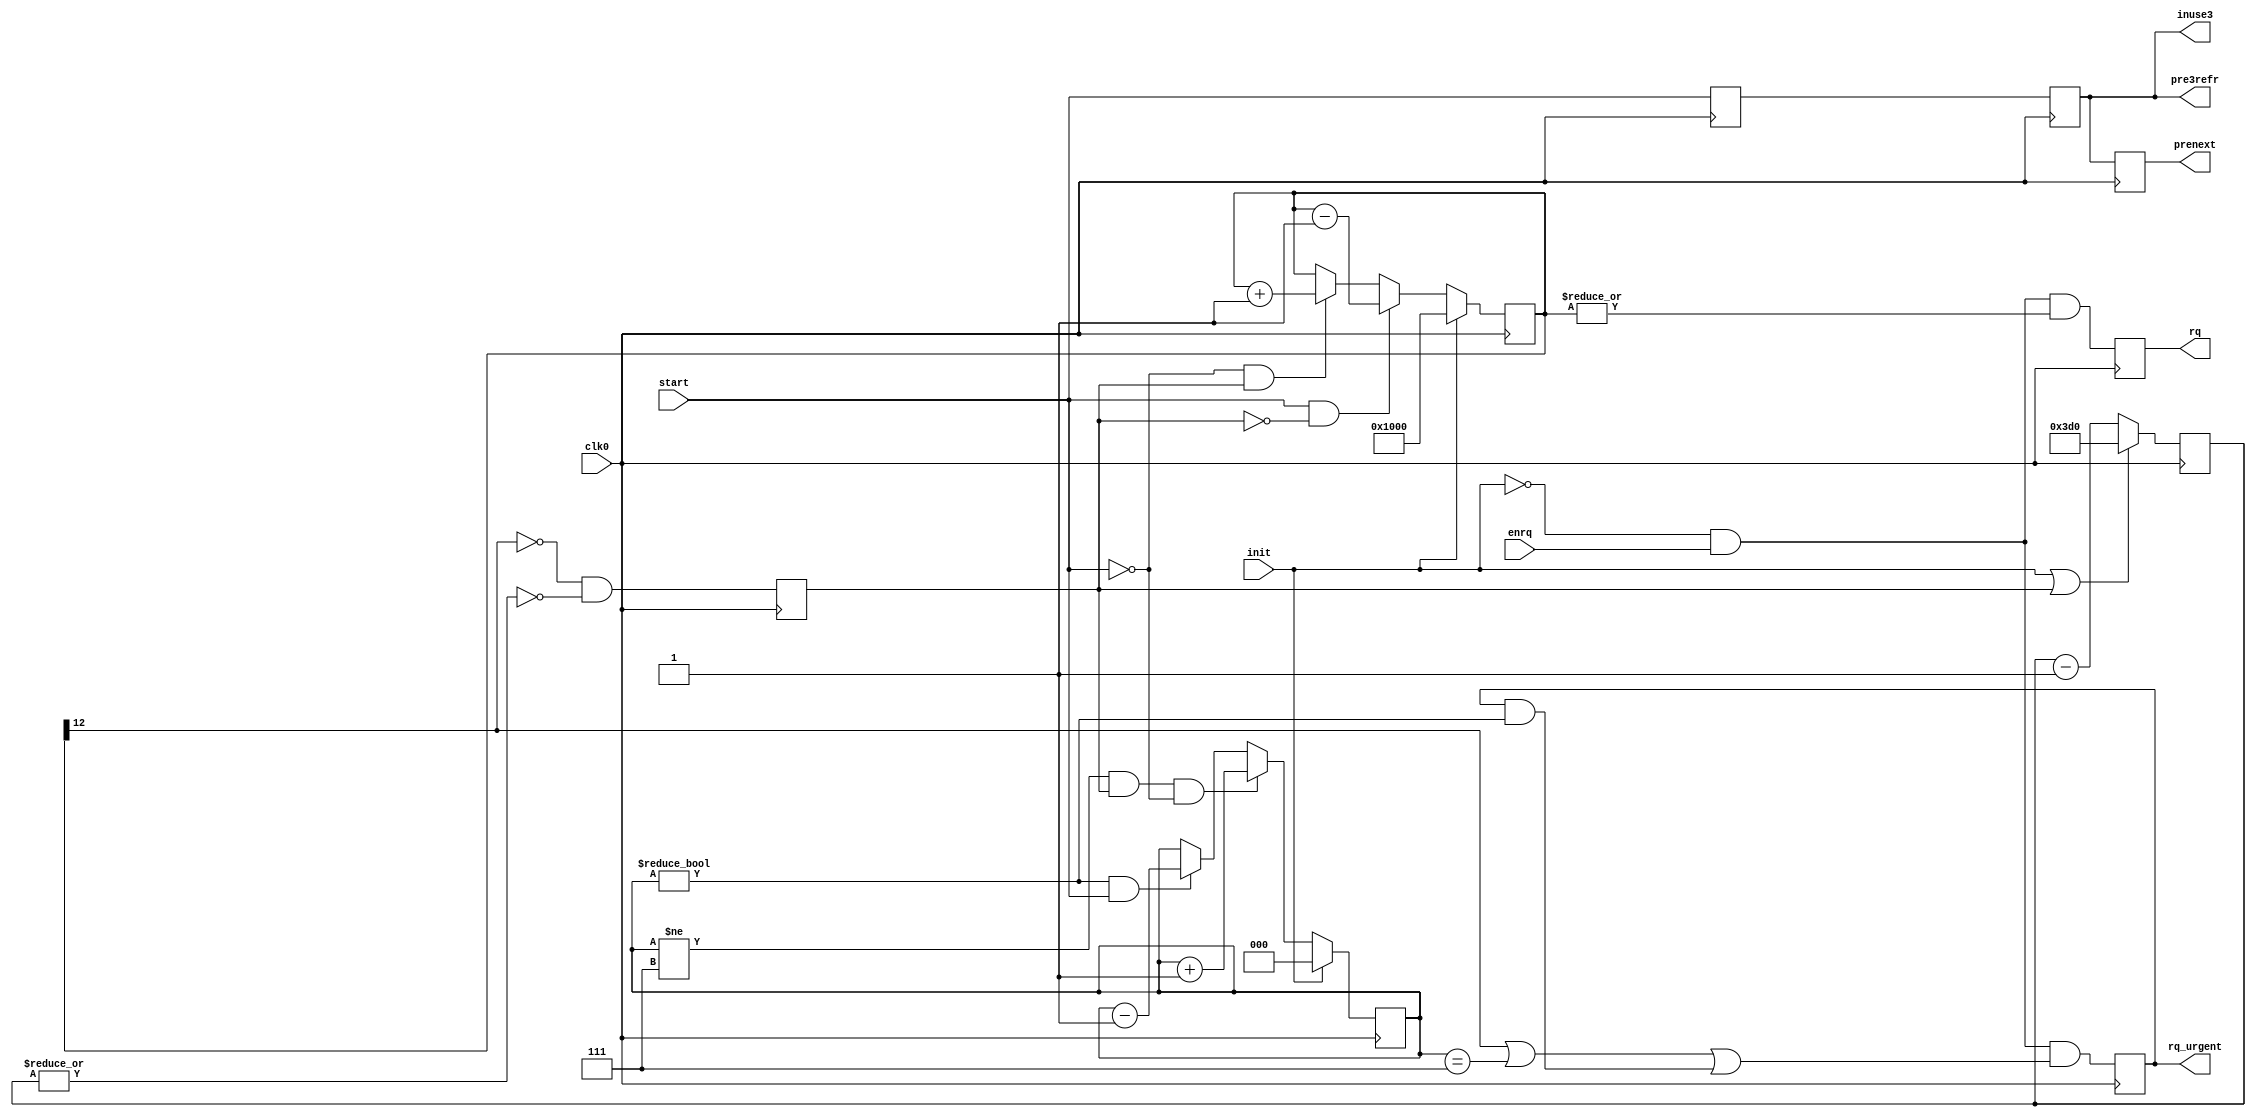
/*
** -----------------------------------------------------------------------------**
** mcontr_refresh.v
**
** SDRAM refresh controller
** average interval (by datasheet) 7.8125usec, 
** maximal interval - 9*7.8125usec (because of future DLL at AR cycles only)
**
** Copyright 2002-2004 Andrey Filippov
**
** -----------------------------------------------------------------------------**
**  This file is part of X333
** 
**  X333 is free software - hardware description language (HDL) code; you can
**  redistribute it and/or modify it under the terms of the GNU General Public License
**  as published by the Free Software Foundation; either version 2 of the License, or
**  (at your option) any later version.
** 
**  X333 is distributed in the hope that it will be useful,
**  but WITHOUT ANY WARRANTY; without even the implied warranty of
**  MERCHANTABILITY or FITNESS FOR A PARTICULAR PURPOSE.  See the
**  GNU General Public License for more details.
** 
**  You should have received a copy of the GNU General Public License
**  along with X333; if not, write to the Free Software
**  Foundation, Inc., 59 Temple Place, Suite 330, Boston, MA  02111-1307  USA
** -----------------------------------------------------------------------------**
**
*/

`timescale 1 ns / 1 ps

// add some status outputs
module mcontr_refresh (clk0,
                       enrq,
                       init,
                       start,
                       rq,
                       rq_urgent,
                       prenext,
// interface to SDRAM (through extra registers
                       pre3refr,  // precharge command (3 ahead)
                       inuse3    // SDRAm in use by this channel (sync with pre3***
							  );
							  	
   input       clk0;
   input       enrq;
   input       init;
   input       start;
   output      rq;
   output      rq_urgent;
   output      prenext;
   output      pre3refr;
   output      inuse3;

	parameter	REFRESHPERIOD=11'h3d0;

   reg         pre4refr;
   reg         pre3refr;
   reg         prenext;
   wire        inuse3=pre3refr;
	reg	[12:0] nRefrDue;
	reg	[10:0] rcntr;
   reg   [ 2:0] ucntr;
	reg			 rtim;
	reg			 rq;
	reg			 rq_urgent;

   always @ (negedge clk0) begin
     pre4refr <= start;
     pre3refr <= pre4refr;
     prenext  <= pre3refr;

     if      (init)                                 ucntr[2:0] <=4'h0;
     else if ((ucntr[2:0]!=3'h7) && rtim && !start) ucntr[2:0] <= ucntr[2:0]+1;
     else if ((ucntr[2:0]!=3'h0) &&          start) ucntr[2:0] <= ucntr[2:0]-1;

     if      (init)            nRefrDue <= {1'b1,12'b0}; 
	  else if ( start && !rtim) nRefrDue <= nRefrDue - 1;
	  else if (!start &&  rtim) nRefrDue <= nRefrDue + 1;

	  if (init | rtim) rcntr[10:0] <= REFRESHPERIOD;
	  else             rcntr[10:0] <= rcntr[10:0]-1;

	  rtim      <= !nRefrDue[12] && !(|rcntr[10:0]);	// nRefrDue[12] to "saturate" number of refr. cycles due to 4096
     rq        <= !init && enrq && |nRefrDue[12:0];
     rq_urgent <= !init && enrq && (nRefrDue[12] || (ucntr[2:0]==3'h7) || (rq_urgent && (ucntr[2:0]!=3'h0)));
   end

endmodule